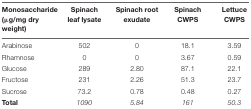
| Monosaccharide (μg/mg dry weight) | Spinach leaf lysate | Spinach root exudate | Spinach CWPS | Lettuce CWPS |
 | --- | --- | --- | --- | --- |
 | Arabinose | 502 | 0 | 18.1 | 3.59 |
 | Rhamnose | 0 | 0 | 3.67 | 0.59 |
 | Glucose | 289 | 2.80 | 87.1 | 22.1 |
 | Fructose | 231 | 2.26 | 51.3 | 23.7 |
 | Sucrose | 73.2 | 0.78 | 0.48 | 0.27 |
 | Total | 1090 | 5.84 | 161 | 50.3 |